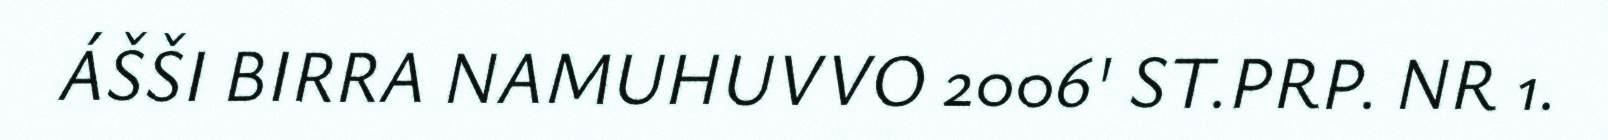
ÁŠŠI BIRRA NAMUHUVVO 2006' ST.PRP. NR 1.